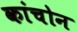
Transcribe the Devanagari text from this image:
कांचोन